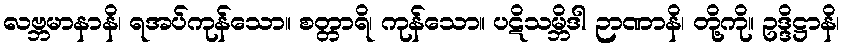
လဗ္ဘမာနာနိ၊ ရအပ်ကုန်သော။ စတ္တာရိ၊ ကုန်သော။ ပဋိသမ္ဘိဒါ ဉာဏာနိ၊ တို့ကို။ ဥဒ္ဒိဋ္ဌာနိ၊